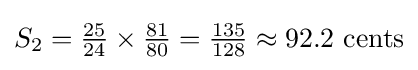
S_{2}={\tfrac {25}{24}}\times {\tfrac {81}{80}}={\tfrac {135}{128}}\approx 92.2\ {\hbox{cents}}